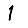
Digit: 1